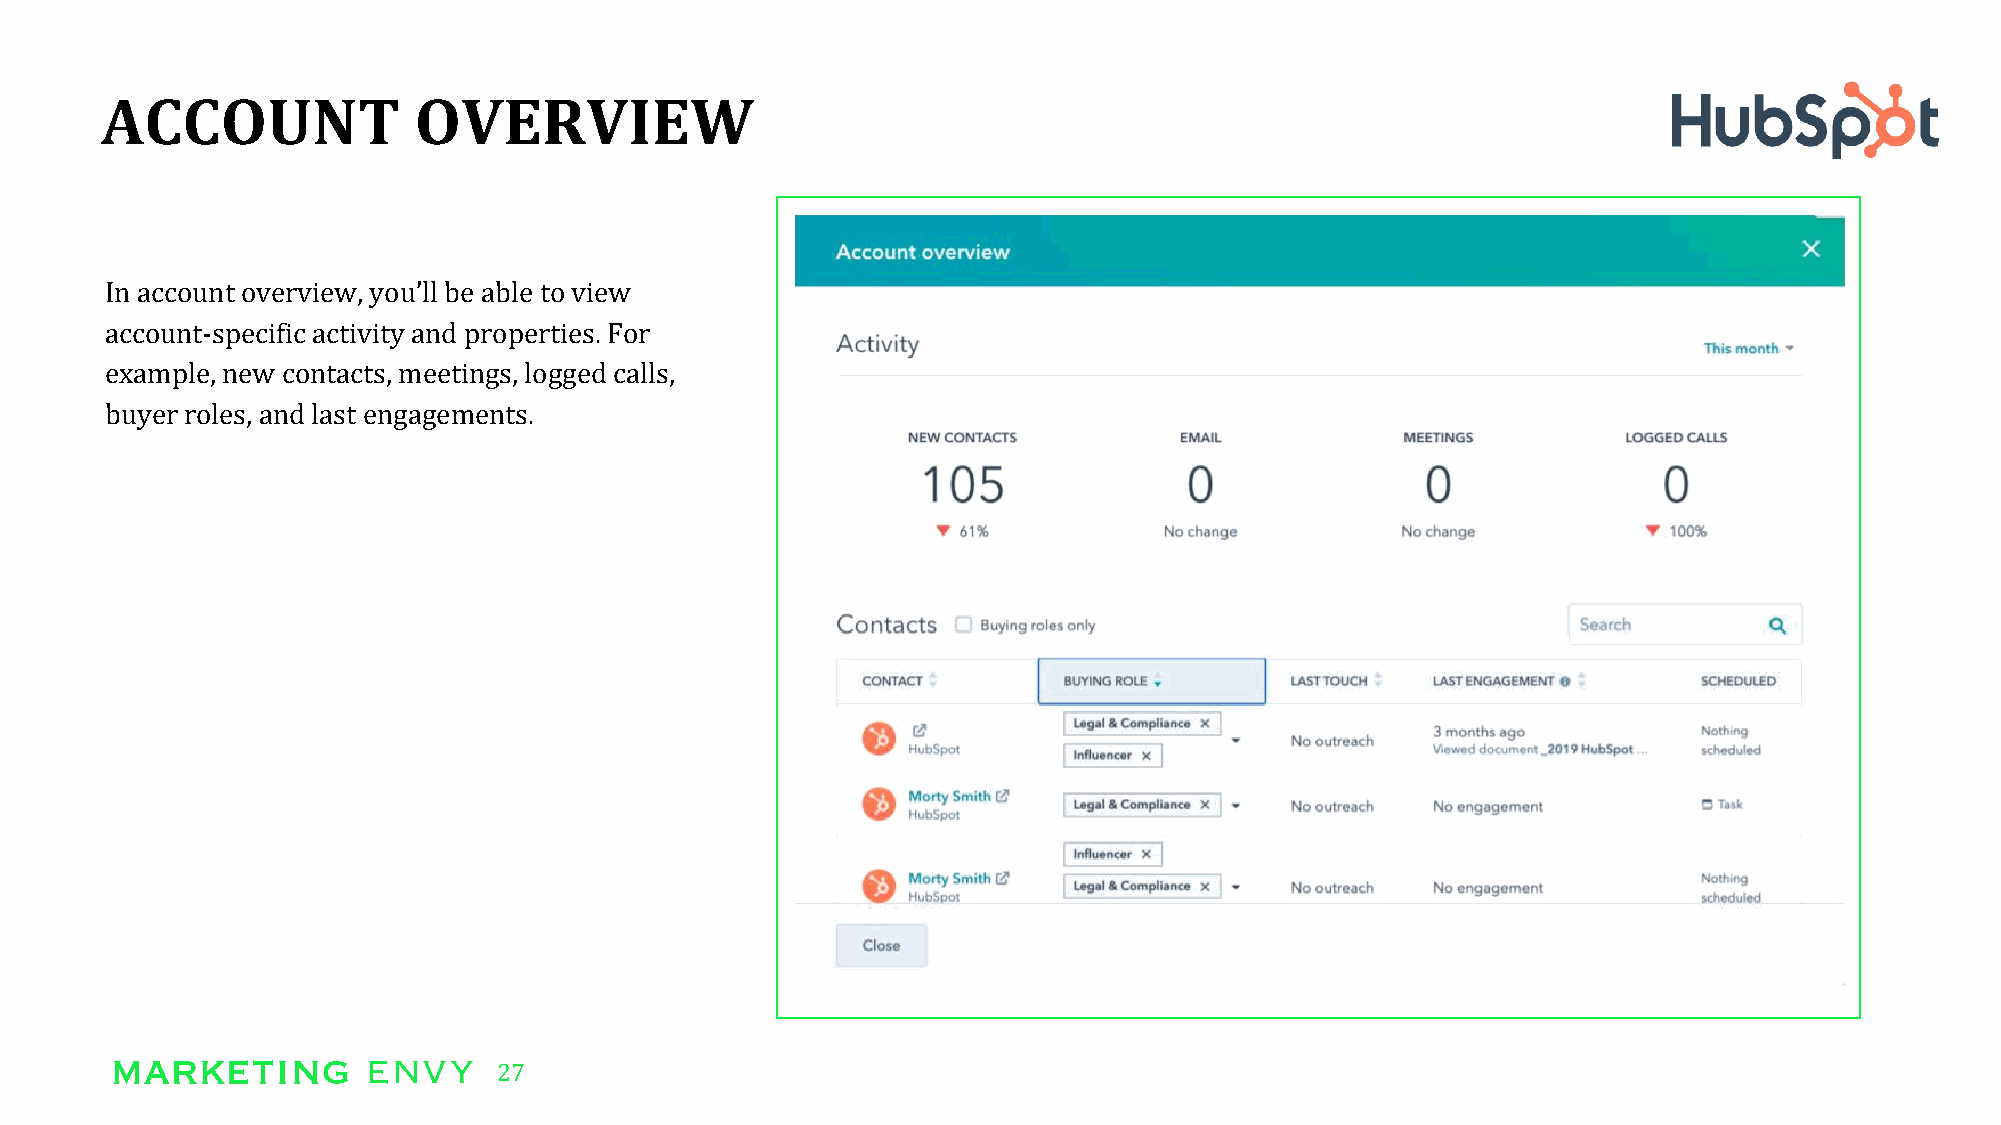
ACCOUNT             OVERVIEW
 In account overview, you’ll be able to view
 account-specific activity and properties. For
 example, new contacts, meetings, logged calls,
 buyer roles, and last engagements.
 27